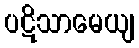
ပဋိသာမေယျ